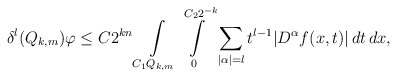
\begin{align*}\delta^{l}(Q_{k,m})\varphi \le C 2^{kn} \int\limits_{C_{1}Q_{k,m}}\int\limits^{C_{2}2^{-k}}_{0}\sum\limits_{|\alpha|=l}t^{l-1}|D^{\alpha}f(x,t)|\,dt\,dx,\end{align*}